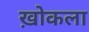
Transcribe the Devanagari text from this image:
ख़ोकला